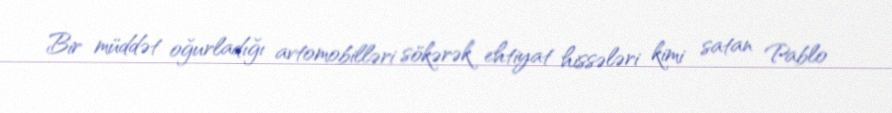
Bir müddət oğurladığı avtomobilləri sökərək ehtiyat hissələri kimi satan Pablo